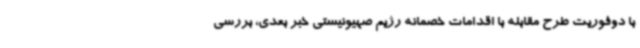
با دوفوریت طرح مقابله با اقدامات خصمانه رژیم صهیونیستی خبر بعدی، بررسی